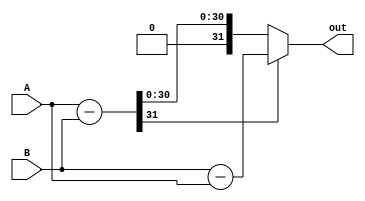
`timescale 1ns / 1ps
//////////////////////////////////////////////////////////////////////////////////
// Company: 
// 
// Design Name: 
// Module Name: Adder
// Project Name: 
// Target Devices: 
// Tool Versions: 
// Description: 
// 
// Dependencies: 
// 
// Revision:
// Revision 0.01 - File Created
// Additional Comments:
// 
//////////////////////////////////////////////////////////////////////////////////


module AbsoluteDifference(A, B, out);

    input [31:0] A, B;
    output reg [31:0] out;
    reg [31:0]  nonAbsOut;

    always @ (*)    begin
        nonAbsOut <=  A - B;
        if(nonAbsOut[31] == 1'b1) begin
            out <= B - A;
       end
        else begin
            out <= A - B;
         end      
    end

endmodule